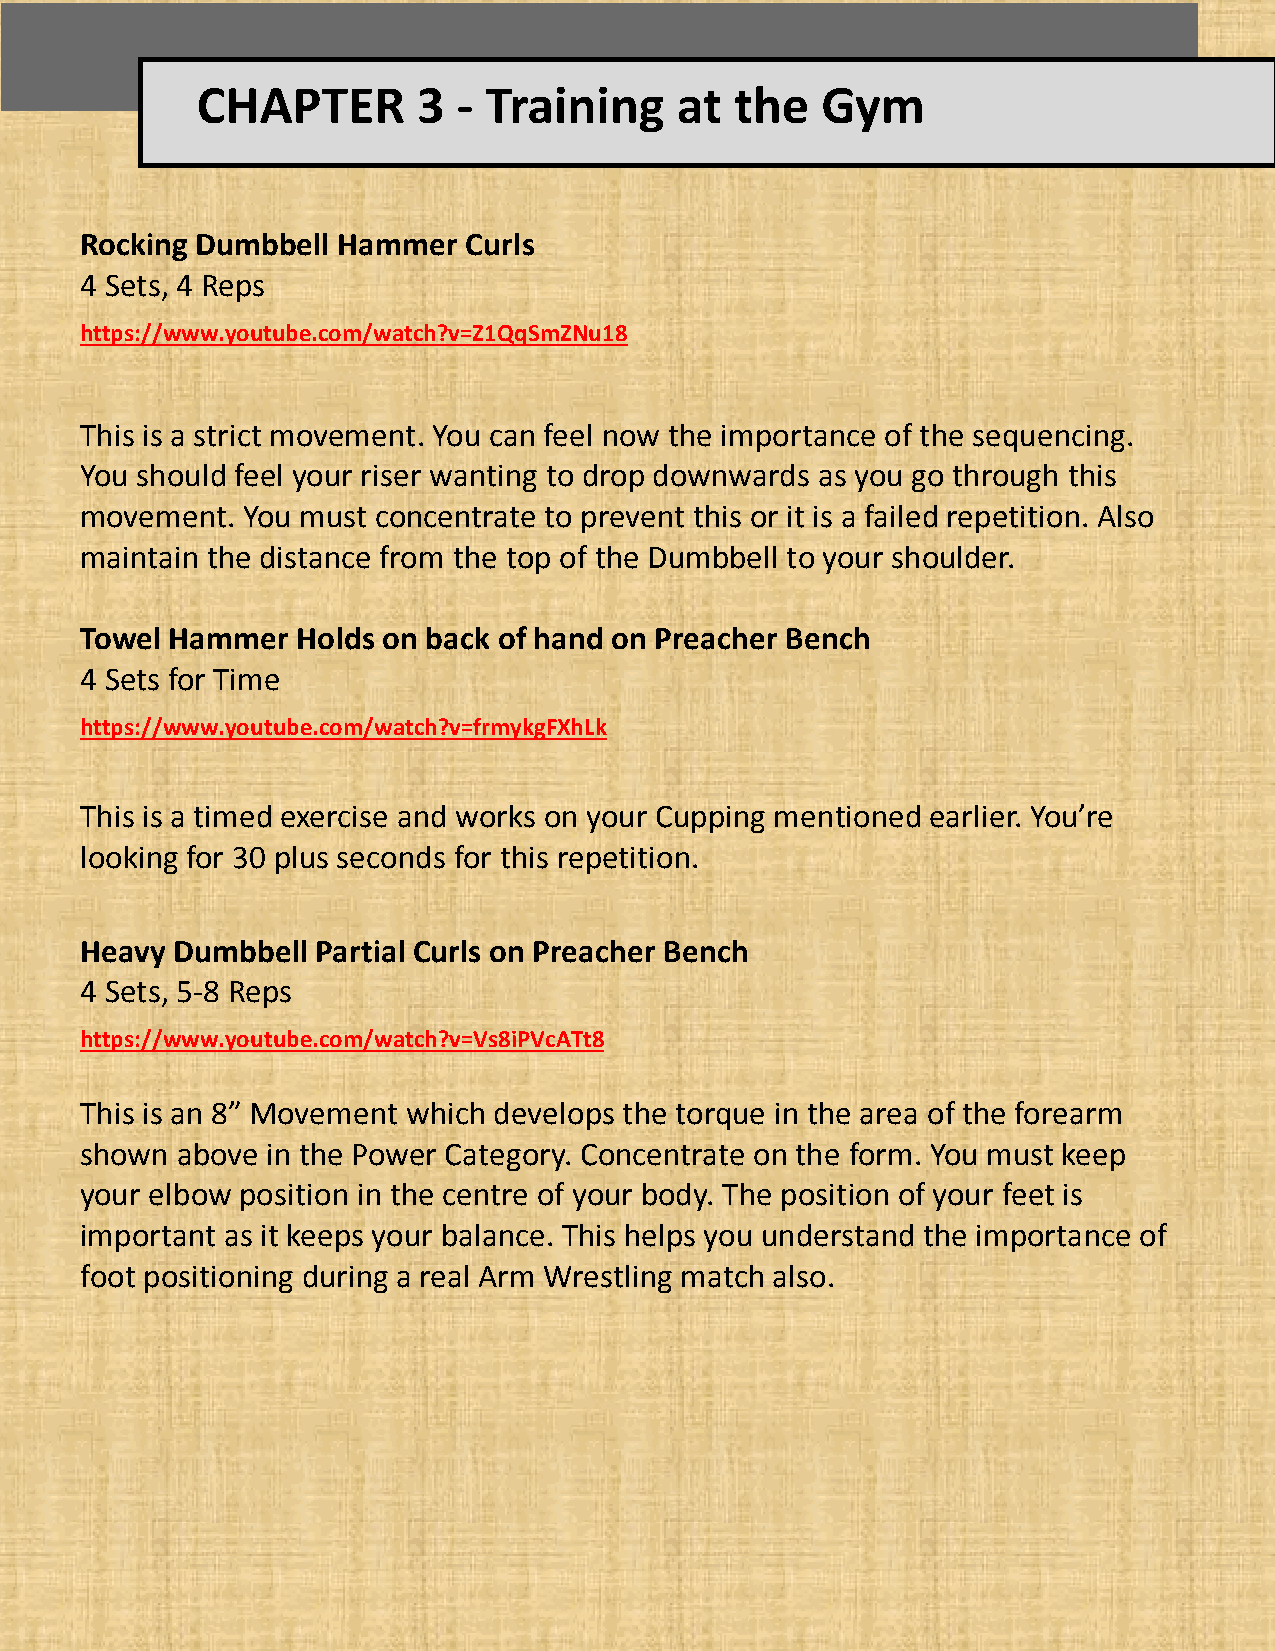
CHAPTER        3 - Training     at  the  Gym
 Rocking Dumbbell Hammer   Curls
 4 Sets, 4 Reps
 https://www.youtube.com/watch?v=Z1QqSmZNu18
 This is a strict movement. You can feel now the importance of the sequencing.
 You should feel your riser wanting to drop downwards as you go through this
 movement.  You must concentrate to prevent this or it is a failed repetition. Also
 maintain the distance from the top of the Dumbbell to your shoulder.
 Towel Hammer   Holds on back of hand on Preacher Bench
 4 Sets for Time
 https://www.youtube.com/watch?v=frmykgFXhLk
 This is a timed exercise and works on your Cupping mentioned earlier. You’re
 looking for 30 plus seconds for this repetition.
 Heavy Dumbbell  Partial Curls on Preacher Bench
 4 Sets, 5-8 Reps
 https://www.youtube.com/watch?v=Vs8iPVcATt8
 This is an 8” Movement which develops the torque in the area of the forearm
 shown  above in the Power Category. Concentrate on the form. You must keep
 your elbow position in the centre of your body. The position of your feet is
 important as it keeps your balance. This helps you understand the importance of
 foot positioning during a real Arm Wrestling match also.